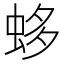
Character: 蛥